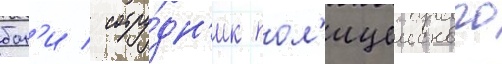
бон'и / сотру́дн'ик пол'ицеиского